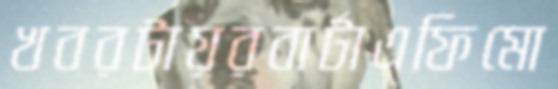
খবরটায়রবার্টাএফিমো